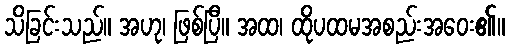
သိခြင်းသည်။ အဟု၊ ဖြစ်ပြီ။ အထ၊ ထိုပထမအစည်းအဝေး၏။